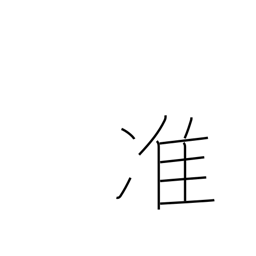
Meaning: semi-